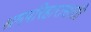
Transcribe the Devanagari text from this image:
श्रमपरिहारासाठी